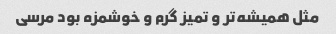
مثل همیشه‌تر و تمیز گرم و خوشمزه بود مرسی